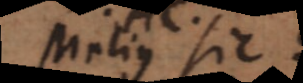
Melius sic: